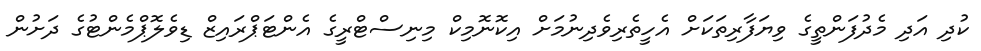
ކުދި އަދި މެދުފަންތީގެ ވިޔަފާރިތަކަށް އެހީތެރިވެދިނުމަށް އިކޮނޮމިކް މިނިސްޓްރީގެ އެންޓަޕްރައިޒް ޑިވެލޮޕްމެންޓުގެ ދަށުން